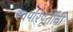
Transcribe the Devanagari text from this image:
स्वपरिपूर्तीची